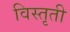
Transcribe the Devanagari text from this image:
विस्तृती